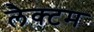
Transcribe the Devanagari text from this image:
लैक्टम